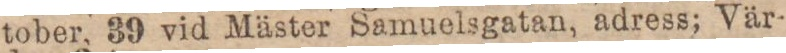
tober, 39 vid Mäster Samuelsgatan, adress; Vär-